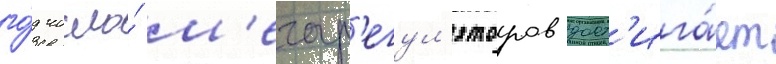
го́д число́ м'егар'егул'яторов дост'ига́ет